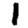
Digit: 1